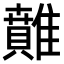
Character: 𩀴